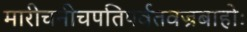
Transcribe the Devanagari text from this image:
मारीचनीचपतिपर्वतवज्रबाहोः